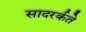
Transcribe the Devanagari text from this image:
सादरर्कते